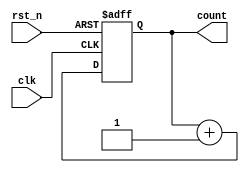
module simple_cnt(rst_n, clk, count);

	parameter SIZE = 12; // Counter size
	
	input rst_n, clk;
	output reg [SIZE-1:0] count;

	always @(posedge clk, negedge rst_n) begin
		if(rst_n == 1'b0) begin
			count <= 0;
		end
		else begin
			count <= count + 1;
		end
	end
endmodule